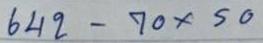
642 - 70x50